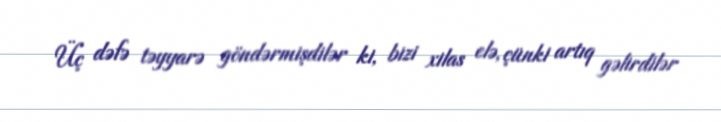
Üç dəfə təyyarə göndərmişdilər ki, bizi xilas elə, çünki artıq gəlirdilər